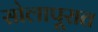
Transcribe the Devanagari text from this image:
सोलापूरात